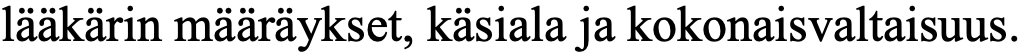
lääkärin määräykset, käsiala ja kokonaisvaltaisuus.